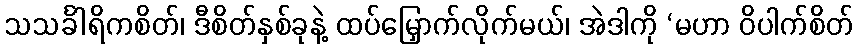
သသင်္ခါရိကစိတ်၊ ဒီစိတ်နှစ်ခုနဲ့ ထပ်မြှောက်လိုက်မယ်၊ အဲဒါကို ‘မဟာ ဝိပါက်စိတ်